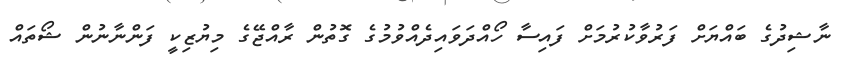
ނާޝިދުގެ ބައްޔަށް ފަރުވާކުރުމަށް ފައިސާ ހޯއްދަވައިދެއްވުމުގެ ގޮތުން ރާއްޖޭގެ މިޔުޒިކީ ފަންނާނުން ޝޯތައް